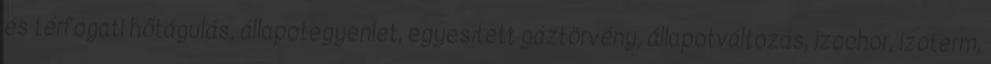
és térfogati hőtágulás, állapotegyenlet, egyesített gáztörvény, állapotváltozás, izochor, izoterm,